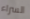
السراء